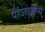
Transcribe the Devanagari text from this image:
पांञ्चजन्य